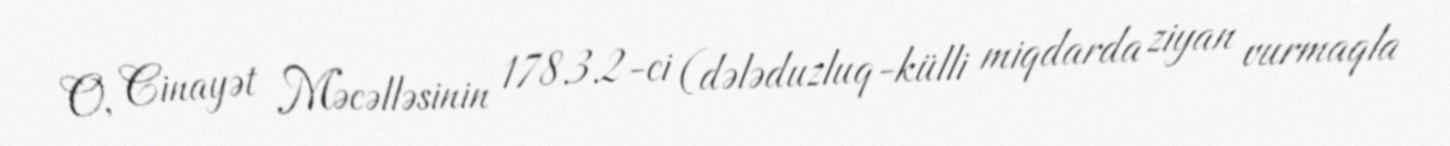
O, Cinayət Məcəlləsinin 178.3.2-ci (dələduzluq-külli miqdarda ziyan vurmaqla